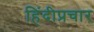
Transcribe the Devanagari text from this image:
हिंदीप्रचार